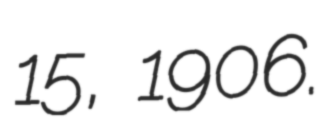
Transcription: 15, 1906.